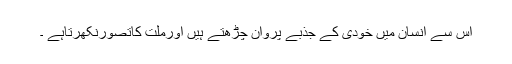
اس سے انسان میں خودی کے جذبے پروان چڑھتے ہیں اورملت کاتصورنکھرتاہے ۔